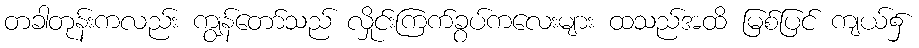
တခါတုန်းကလည်း ကျွန်တော်သည် လှိုင်းကြက်ခွပ်ကလေးများ ထသည်အထိ မြစ်ပြင် ကျယ်၌